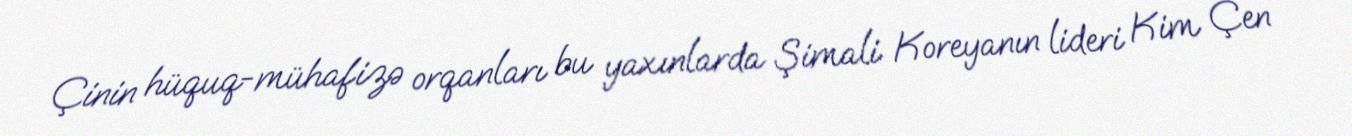
Çinin hüquq-mühafizə orqanları bu yaxınlarda Şimali Koreyanın lideri Kim Çen